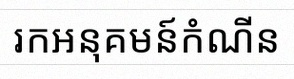
រកអនុគមន៍កំណើន